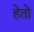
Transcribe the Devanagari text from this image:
हेतो